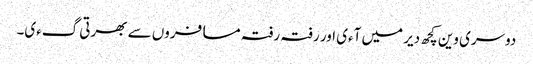
دوسری وین کچھ دیر میں آءی اور رفتہ رفتہ مسافروں سے بھرتی گءی۔